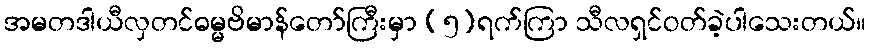
အမတဒါယီလှတင်ဓမ္မဗိမာန်တော်ကြီးမှာ (၅)ရက်ကြာ သီလရှင်ဝတ်ခဲ့ပါသေးတယ်။